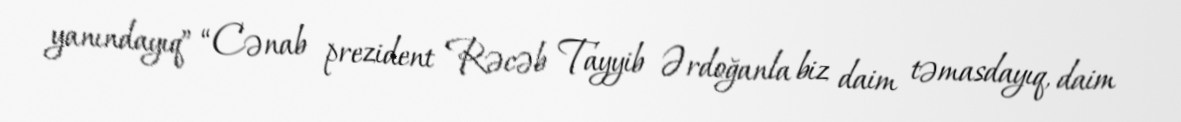
yanındayıq” “Cənab prezident Rəcəb Tayyib Ərdoğanla biz daim təmasdayıq, daim